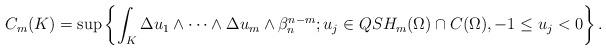
LaTeX: \begin{align*} C_m(K)= \sup \left\{\int_{K} \Delta u_1 \wedge\cdots\wedge \Delta u_m \wedge \beta_n^{n-m}; u_j\in QSH_m(\Omega)\cap C(\Omega), -1\leq u_j< 0\right\}.\end{align*}